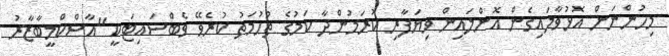
މިހުންނަށް އޮޅުވާލައިގެން އޮންލައިން ވިޔަފާރި ކުރަމުންދާ ކަމުގެ ތުހުމަތު ކުރެވޭ ވެބްސައިޓަކީ "އާސްކްމީބާޒާރު